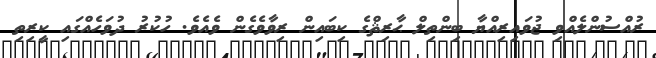
ރުއްސުންލެއްވި ޖުވައިރިއްޔާ ބިންތިލް ޙާރިޘްގެ ކިބައިން ރިވާވެގެން ވެއެވެ. ހުކުރު ދުވަހެއްގައި ކީރިތި